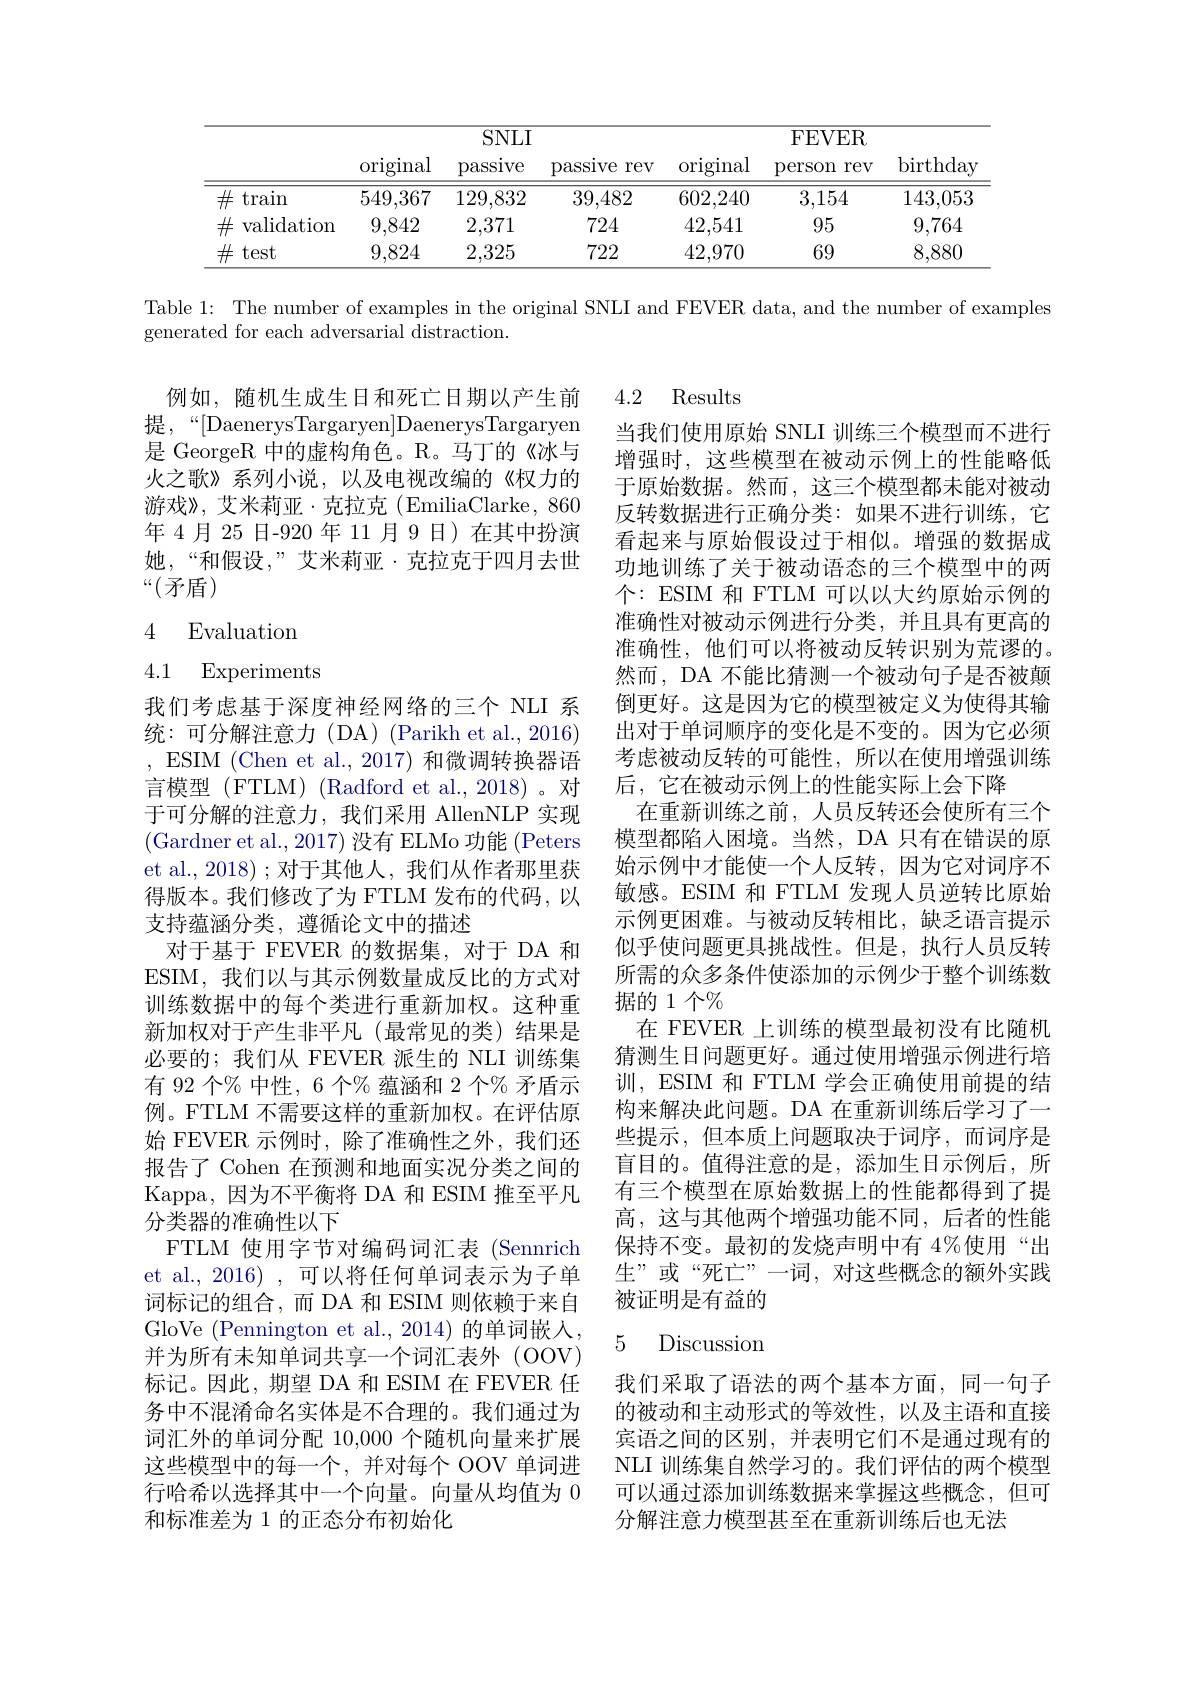
<table>
	<tbody>
		<tr>
			<th> </th>
			<th> </th>
			<th>$SNLI$</th>
			<th> </th>
			<th colspan="3">FEVER</th>
		</tr>
		<tr>
			<th> </th>
			<th>original</th>
			<th>passive</th>
			<th>passlve rev</th>
			<th>original</th>
			<th>person rev</th>
			<th>$\operatorname{birthday}$</th>
		</tr>
		<tr>
			<td>$\#$ $\tan$</td>
			<td>549,367</td>
			<td>129,832</td>
			<td>39,482</td>
			<td>602,240</td>
			<td>3,154</td>
			<td>143,053</td>
		</tr>
		<tr>
			<td>$\#$ $\operatorname{validation}$</td>
			<td>9,842</td>
			<td>2,371</td>
			<td>724</td>
			<td>42,541</td>
			<td>95</td>
			<td>9,764</td>
		</tr>
		<tr>
			<td>$\#$ test</td>
			<td>9,824</td>
			<td>2,325</td>
			<td>722</td>
			<td>42,970</td>
			<td>69</td>
			<td>8,880</td>
		</tr>
	</tbody>
</table>

Table 1: The number of examples in the original SNLI and FEVER data, and the number of examples
generated for each adversarial distraction.

例如，随机生成生日和死亡日期以产生前提，“[DaenerysTargaryen]DaenerysTargaryen 是 GeorgeR 中的虚构角色。R。马丁的《冰与火之歌》系列小说，以及电视改编的《权力的游戏》,艾米莉亚·克拉克(EmiliaClarke,860年 4月 25 日-920 年 11 月 9 日) 在其中扮演她，“和假设，”艾米莉亚·克拉克于四月去世“(矛盾)

# 4 Evaluation

4.1 Experiments

4.2 Results
当我们使用原始 SNLI 训练三个模型而不进行增强时，这些模型在被动示例上的性能略低于原始数据。然而，这三个模型都未能对被动反转数据进行正确分类：如果不进行训练，它看起来与原始假设过于相似。增强的数据成功地训练了关于被动语态的三个模型中的两个：ESIM 和 FTLM 可以以大约原始示例的准确性对被动示例进行分类，并且具有更高的准确性，他们可以将被动反转识别为荒谬的。然而，DA 不能比猜测一个被动句子是否被颠倒更好。这是因为它的模型被定义为使得其输出对于单词顺序的变化是不变的。因为它必须考虑被动反转的可能性，所以在使用增强训练后，它在被动示例上的性能实际上会下降
在重新训练之前，人员反转还会使所有三个模型都陷入困境。当然，DA 只有在错误的原始示例中才能使一个人反转，因为它对词序不敏感。ESIM 和 FTLM 发现人员逆转比原始示例更困难。与被动反转相比，缺乏语言提示似乎使问题更具挑战性。但是，执行人员反转所需的众多条件使添加的示例少于整个训练数据的 1 个$\%$
在 FEVER 上训练的模型最初没有比随机猜测生日问题更好。通过使用增强示例进行培训，ESIM 和 FTLM 学会正确使用前提的结构来解决此问题。DA 在重新训练后学习了一些提示，但本质上问题取决于词序，而词序是盲目的。值得注意的是，添加生日示例后，所有三个模型在原始数据上的性能都得到了提高，这与其他两个增强功能不同，后者的性能保持不变。最初的发烧声明中有 4%使用“出生”或“死亡”一词，对这些概念的额外实践被证明是有益的

我们考虑基于深度神经网络的三个 NLI 系统：可分解注意力(DA)(Parikh et al.,2016) ,ESIM(Chen et al.,2017)和微调转换器语言模型 (FTLM) (Radford et al.,2018)。对于可分解的注意力，我们采用 AllenNLP 实现(Gardner et al., 2017) 没有 ELMo 功能 (Peters et al., 2018) ; 对于其他人，我们从作者那里获得版本。我们修改了为 FTLM 发布的代码，以支持蕴涵分类，遵循论文中的描述
对于基于 FEVER 的数据集，对于 DA 和ESIM, 我们以与其示例数量成反比的方式对训练数据中的每个类进行重新加权。这种重新加权对于产生非平凡(最常见的类)结果是必要的；我们从 FEVER 派生的 NLI 训练集有 92 个% 中性，6 个% 蕴涵和 2 个% 矛盾示例。FTLM 不需要这样的重新加权。在评估原始 FEVER 示例时，除了准确性之外，我们还报告了 Cohen 在预测和地面实况分类之间的Kappa,因为不平衡将 DA 和 ESIM 推至平凡分类器的准确性以下
FTLM 使用字节对编码词汇表 (Sennrich et al., 2016) , 可以将任何单词表示为子单词标记的组合，而 DA 和 ESIM 则依赖于来自GloVe (Pennington et al.,2014)的单词嵌人， 并为所有未知单词共享一个词汇表外(OOV) 标记。因此，期望 DA 和 ESIM 在 FEVER 任务中不混淆命名实体是不合理的。我们通过为词汇外的单词分配 10,000 个随机向量来扩展这些模型中的每一个，并对每个 OOV 单词进行哈希以选择其中一个向量。向量从均值为0和标准差为 1 的正态分布初始化

## 5 Discussion

我们采取了语法的两个基本方面，同一句子的被动和主动形式的等效性，以及主语和直接宾语之间的区别，并表明它们不是通过现有的NLI 训练集自然学习的。我们评估的两个模型可以通过添加训练数据来掌握这些概念，但可分解注意力模型甚至在重新训练后也无法